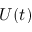
U ( t )